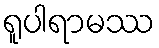
ရူပါရာမဿ